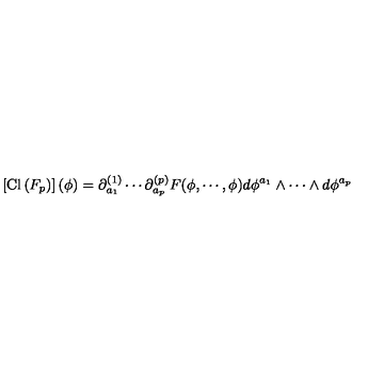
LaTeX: \left[ \mathrm { C l } \left( F _ { p } \right) \right] ( \phi ) = \partial _ { a _ { 1 } } ^ { ( 1 ) } \cdots \partial _ { a _ { p } } ^ { ( p ) } F ( \phi , \cdots , \phi ) d \phi ^ { a _ { 1 } } \wedge \cdots \wedge d \phi ^ { a _ { p } }